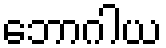
ဘောဂါယ